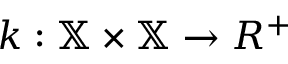
k : \mathbb { X } \times \mathbb { X } \rightarrow R ^ { + }